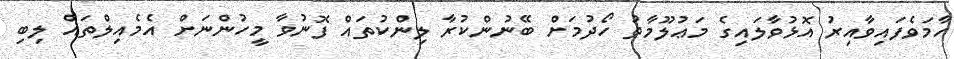
ހާމަވެފައިވާއިރު އޮޅުވާލައިގެ މަޢުލޫމާތު ހޯދުމަށް ބޭނުންކުރާ ލިންކުތައް ފޮނުވާ މީހުންނަށް އެމެއިލްތައް ލިބި